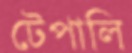
টেপালি